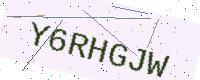
Text: Y6RHGJW